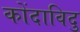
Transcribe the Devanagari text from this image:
कोंदाविदु